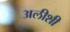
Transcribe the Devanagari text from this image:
अलीशी